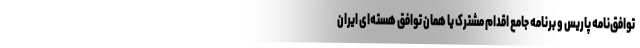
توافق‌نامه پاریس و برنامه جامع اقدام مشترک یا همان توافق هسته‌ای ایران